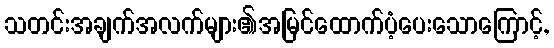
သတင်းအချက်အလက်များ၏အမြင်ထောက်ပံ့ပေးသောကြောင့်,